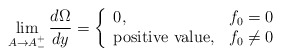
\begin{align*}\lim_{A \rightarrow A_-^+} \frac{d \Omega}{dy}= \left\{ \begin{array}{ll} 0, & f_0=0 \\ {\rm positive~value}, & f_0 \neq 0 \end{array} \right.\end{align*}